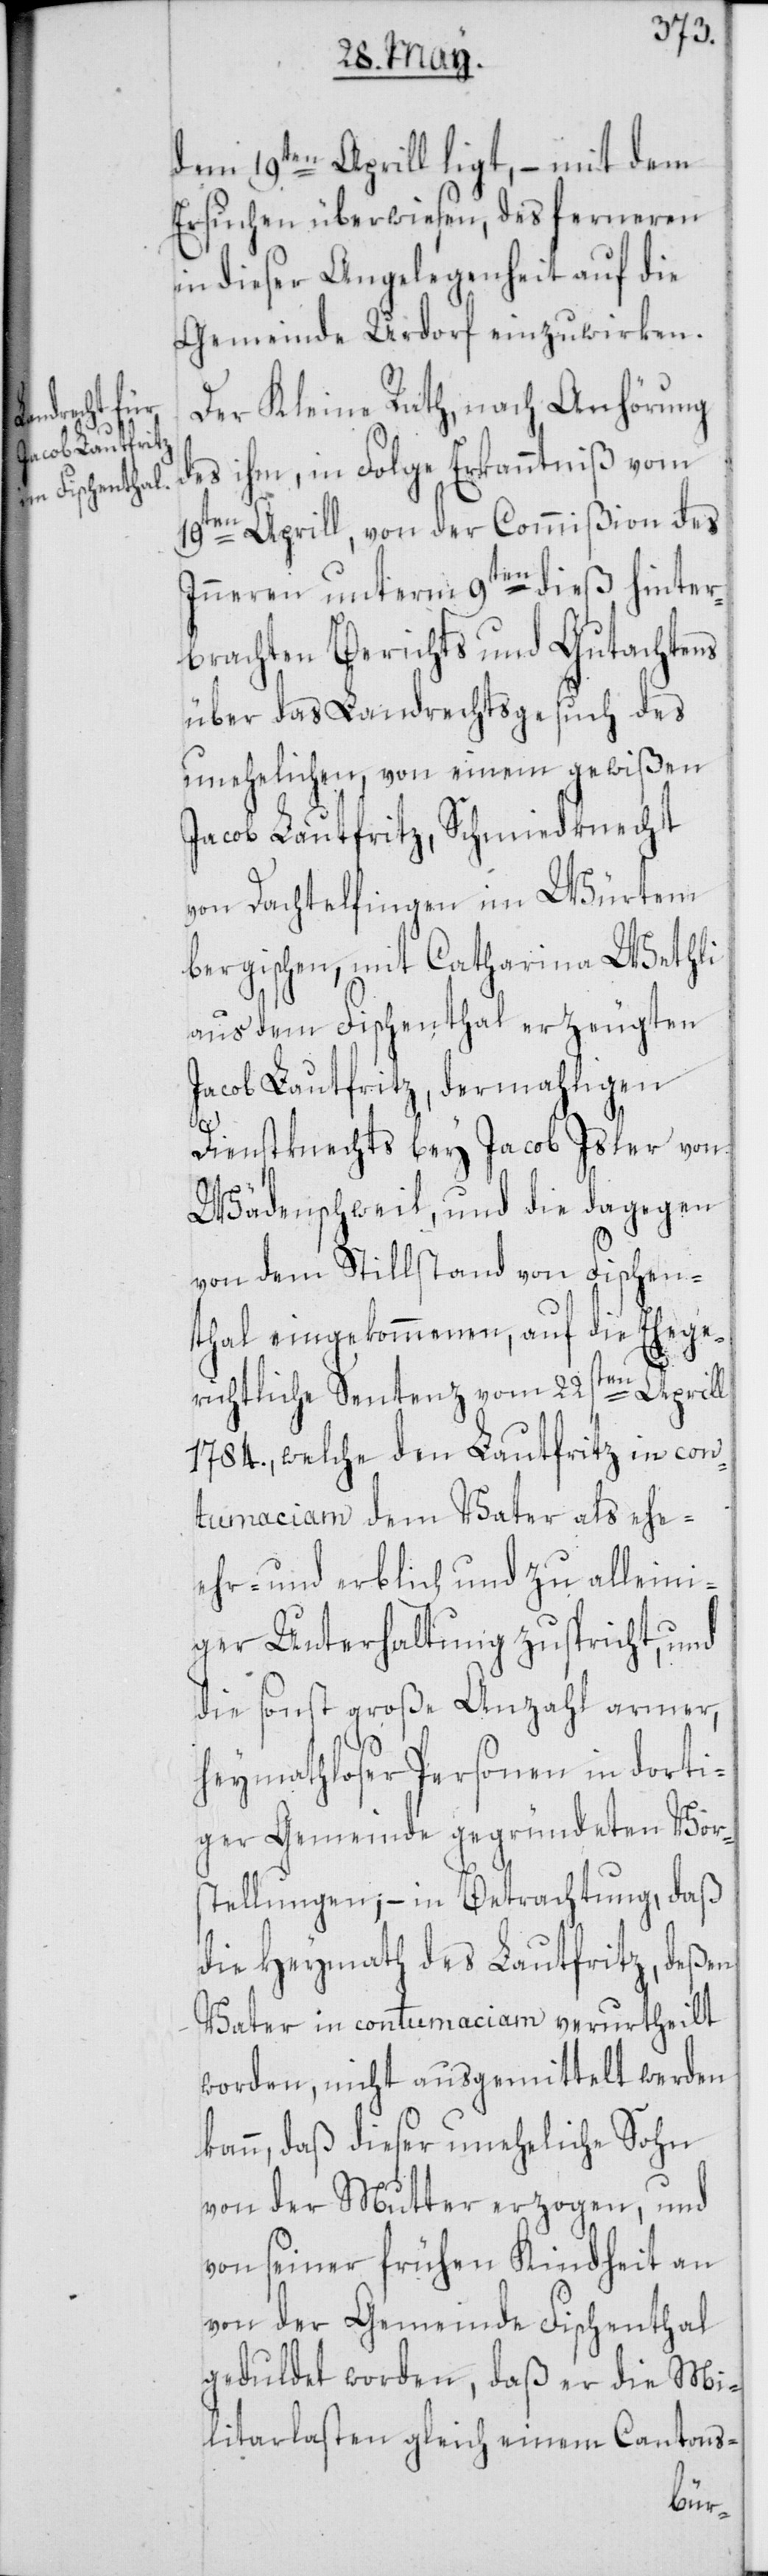
e-[,]

dem 19ten Aprill ligt, – mit dem
Ersuchen überwiesen, des ferneren
in dieser Angelegenheit auf die
Gemeinde Urdorf einzuwirken.
Der Kleine Rath, nach Anhörung
des ihm, in Folge Erkanntniß vom
19ten Aprill, von der Commißion des
Inneren unterm 9ten dieß hinter¬
brachten Berichts und Gutachtens
über das Landrechtsgesuch des
unehelichen, von einem gewißen
Jacob Lautfritz, Schmiedknecht
von Dachtelfingen im Würtem¬
bergischen, mit Catharina Wethli
aus dem Fischenthal erzeugten
Jacob Lautfritz, dermahligen
Dienstknechts bey Jacob Isler von
Wädenschweil, und die dagegen
von dem Stillstand von Fischen¬
thal eingekommenen, auf die Ehege¬
richtliche Sentenz vom 22sten Aprill
1784., welche den Lautfritz in con¬
tumaciam dem Vater als eh¬
ehr- und erblich und zu alleini¬
ger Unterhaltung zuspricht, und
die sonst große Anzahl armer,
heymathloser Personen in dorti¬
ger Gemeinde gegründeten Vors¬
tellungen; – in Betrachtung, daß
die Heymath des Lautfritz, deßen
Vater in contumaciam verurtheilt
worden, nicht ausgemittelt werden
kann, daß dieser uneheliche Sohn
von der Mutter erzogen, und
von seiner frühen Kindheit an
von der Gemeinde Fischenthal
geduldet worden, daß er die Mi¬
litarlasten gleich einem Cantons-